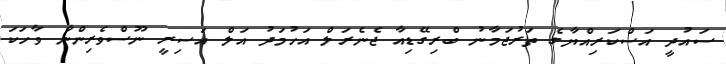
ސައުދީ އަސްކަރިއްޔާގެ ތަރުޖަމާނު ބްރިގޭޑިއާ ޖެނެރަލް އަހުމަދު އަލް އަސިރީ ނޫސްވެރިންނާ ވާހަކަ